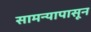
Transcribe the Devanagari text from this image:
सामन्यापासून